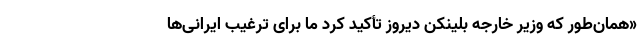
«همان‌طور که وزیر خارجه بلینکن دیروز تأکید کرد ما برای ترغیب ایرانی‌ها